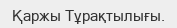
Қаржы Тұрақтылығы.